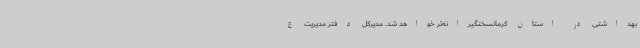
بهداشتی در استان کرمانسختگیرانه‌تر خواهد شد. مدیرکل دفتر مدیریت ع